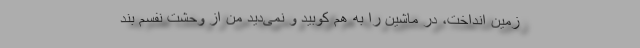
زمین انداخت، درِ ماشین را به هم کوبید و نمی‌دید من از وحشت نفسم بند